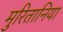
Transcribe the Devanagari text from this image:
मुरितानिया